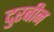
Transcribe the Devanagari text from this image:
दुरबीन